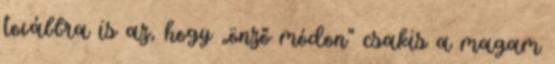
továbbra is az, hogy „önző módon” csakis a magam